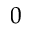
0